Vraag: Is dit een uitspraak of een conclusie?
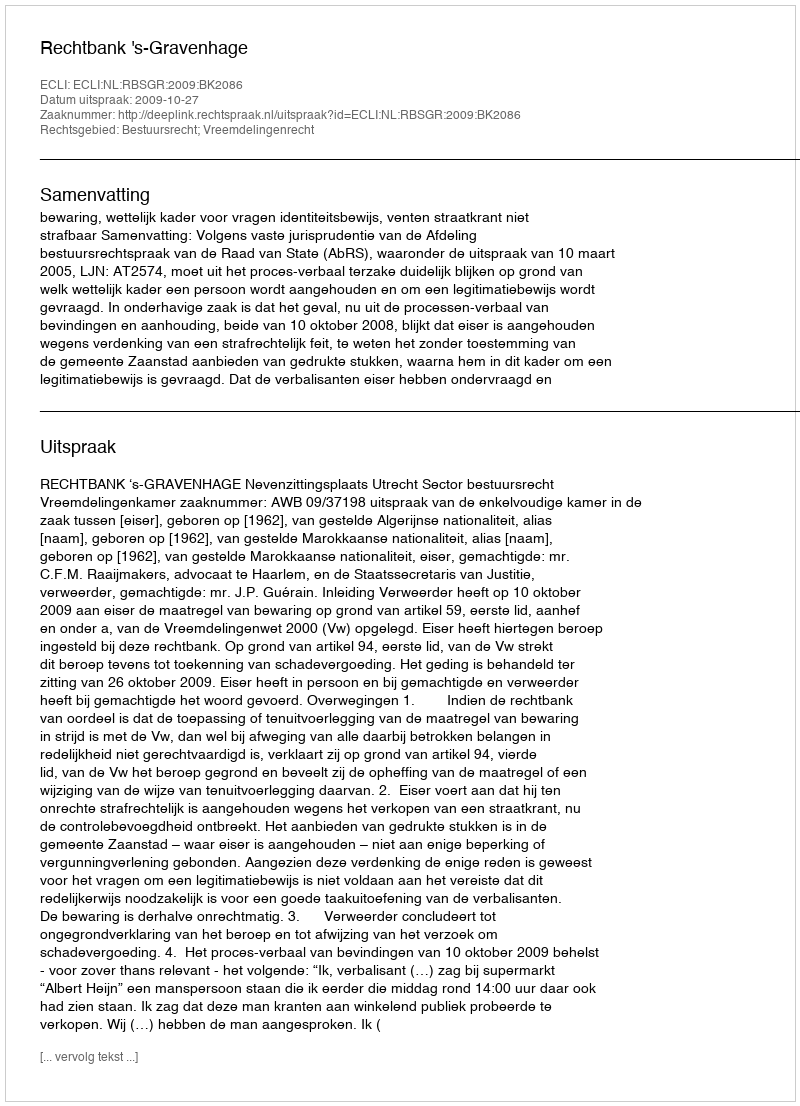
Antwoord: Uitspraak